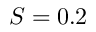
S = 0 . 2